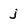
Character: j